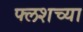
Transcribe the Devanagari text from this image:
फ्लशच्या